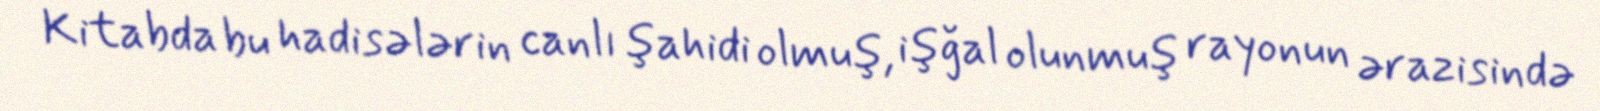
Kitabda bu hadisələrin canlı şahidi olmuş, işğal olunmuş rayonun ərazisində